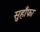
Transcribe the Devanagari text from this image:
सुहाँफा